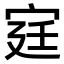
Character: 𫳋